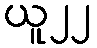
ယူ၂၂